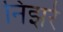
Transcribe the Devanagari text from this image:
निझर्र